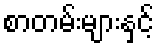
စာတမ်းများနှင့်